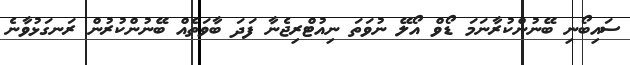
ސައިބޯނި ބޭނުންކުރާނަމަ ޑޯވް އޯލޭ ނުވަތަ ނިއުޓްރިޖެނާ ފަދަ ބާވަތެއް ބޭނުންކުރުން ރަނގަޅުވާނެ